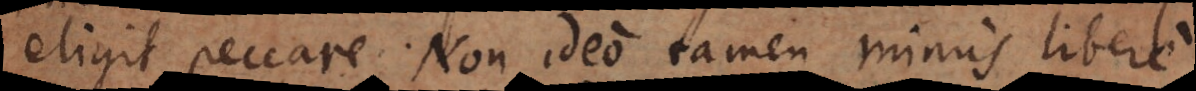
eligit peccare. Non ideo tamen minus libere